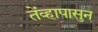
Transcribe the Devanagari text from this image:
तेंव्हापासुन